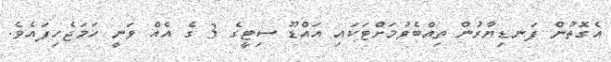
އެގޮތުން ފަނޑިޔާރުން ތިއްބެވުމަށްޓަކައި އައްޑޫ ސިޓީގެ 3 ގެ އެއް ވަނީ ހަމަޖެހިފައެވެ.